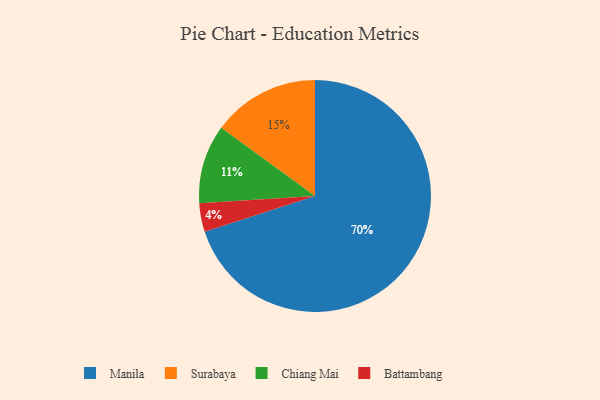
{"axis": {"x": "Category", "y": "Percentage"}, "legend": ["Battambang", "Chiang Mai", "Manila", "Surabaya"], "data": [{"x": "Manila", "y": 70, "type": "Manila"}, {"x": "Chiang Mai", "y": 11, "type": "Chiang Mai"}, {"x": "Surabaya", "y": 15, "type": "Surabaya"}, {"x": "Battambang", "y": 4, "type": "Battambang"}]}